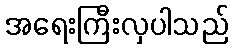
အရေးကြီးလှပါသည်